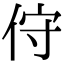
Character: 㑏